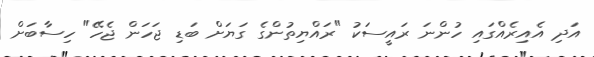
އަދި އެއިރެއްގައި ހުންނަ ރައީސަކު "ރައްޔިތުންގެ ގަޔަށް ބަޑި ޖަހަން ޖެހޭ" ހިސާބަށް